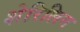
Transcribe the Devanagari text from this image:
शेरिलिन